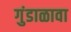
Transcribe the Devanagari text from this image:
गुंडाळावा